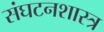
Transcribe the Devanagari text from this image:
संघटनशास्त्र